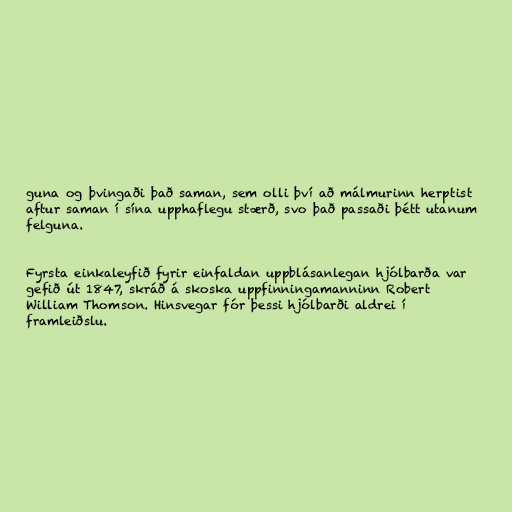
guna og þvingaði það saman, sem olli því að málmurinn herptist
aftur saman í sína upphaflegu stærð, svo það passaði þétt utanum
felguna.

Fyrsta einkaleyfið fyrir einfaldan uppblásanlegan hjólbarða var
gefið út 1847, skráð á skoska uppfinningamanninn Robert
William Thomson. Hinsvegar fór þessi hjólbarði aldrei í
framleiðslu.